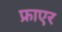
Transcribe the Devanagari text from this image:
फ्राएर